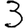
Digit: 3